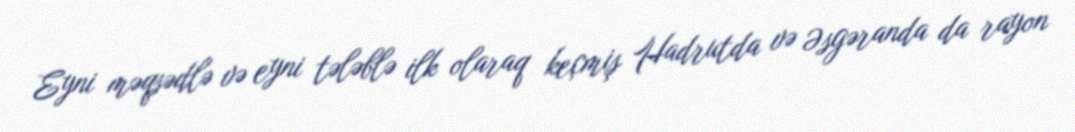
Eyni məqsədlə və eyni tələblə ilk olaraq keçmiş Hadrutda və Əsgəranda da rayon